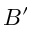
B ^ { \prime }